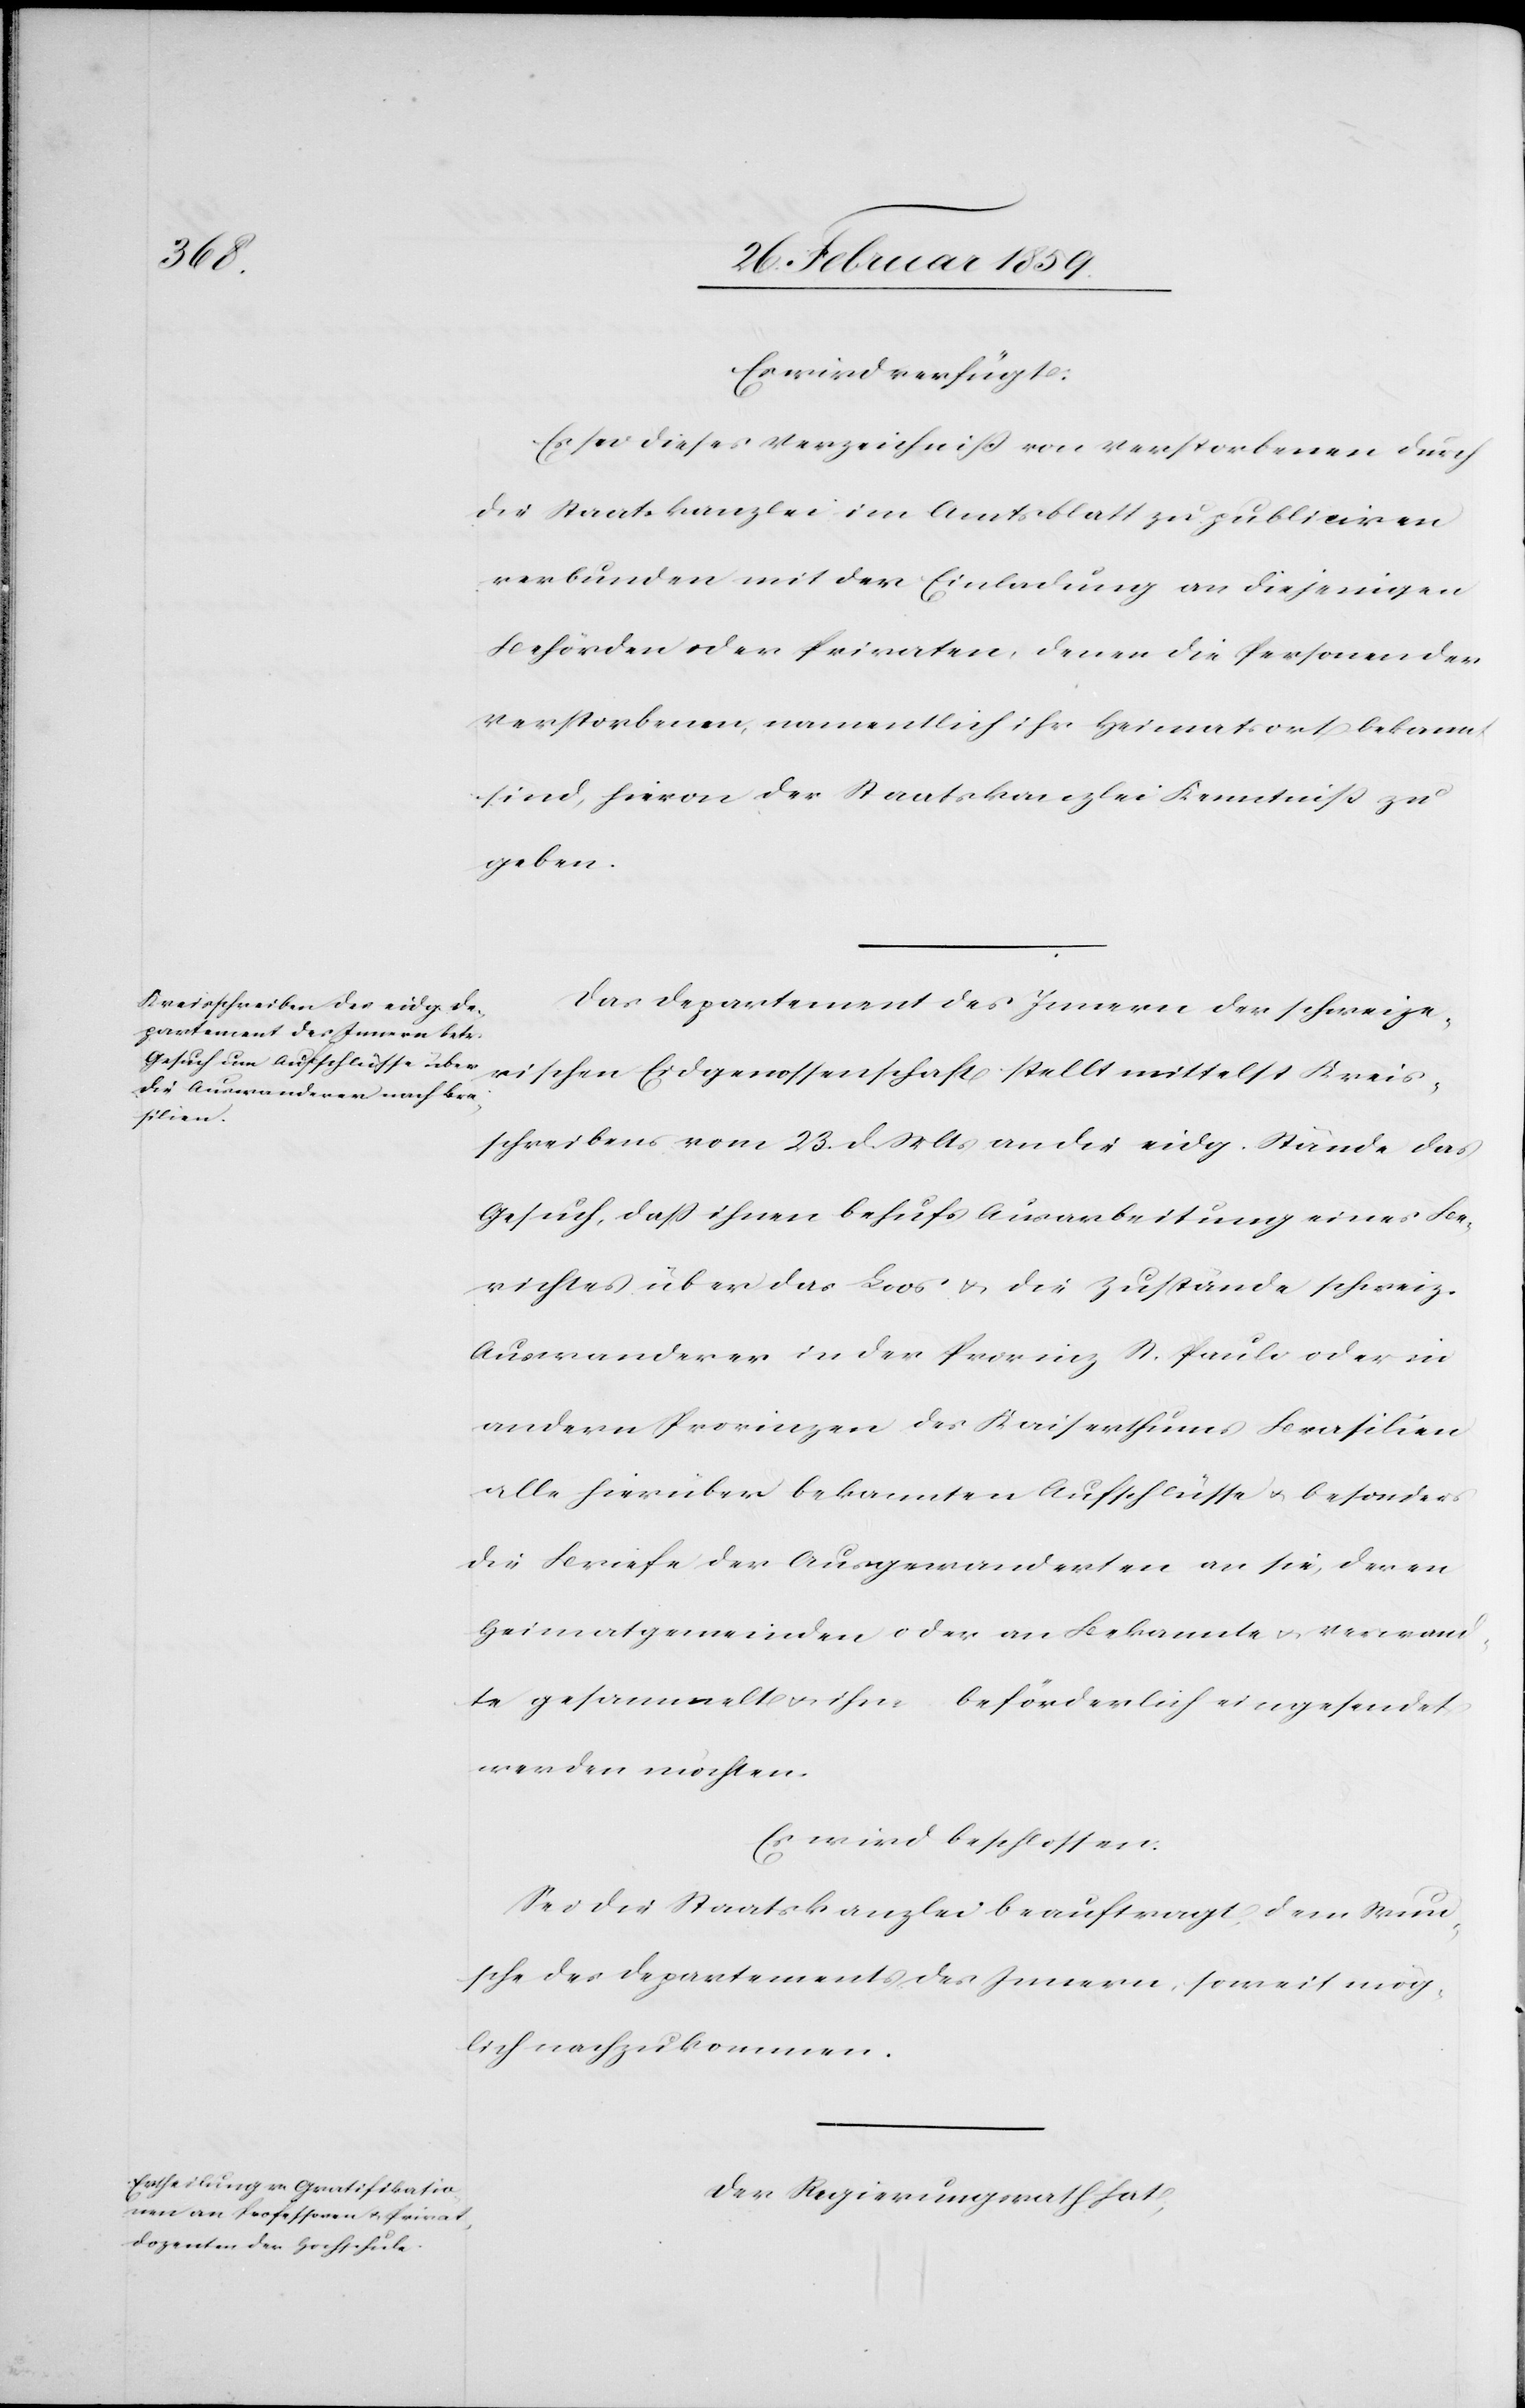
Es wird verfügt:
Es sei dieses Verzeichniß von Verstorbenen durch
die Staatskanzlei im Amtsblatt zu publiciren
verbunden mit der Einladung an diejenigen
Behörden oder Privaten, denen die Personen der
Verstorbenen, namentlich ihr Heimatsort bekannt
sind, hievon der Staatskanzlei Kenntniß zu
geben.
Das Departement des Innern der schweize¬
rischen Eidgenossenschaft stellt mittelst Kreis¬
schreibens vom 23. d. Mts an die eidg. Stände das
Gesuch, daß ihnen behufs Ausarbeitung eines Be¬
richtes über das Loos u. die Zustände schweiz.
Auswanderer in der Provinz St. Pauli oder in
andern Provinzen des Kaiserthums Brasilien
alle hierüber bekannten Aufschlüsse u. besonders
die Briefe der Ausgewanderten an sie, deren
Heimatgemeinden oder an Bekannte u. Verwand¬
te gesammelt u. ihm beförderlich eingesendet
werden möchten.
Es wird beschossen:
Sei die Staatskanzlei beauftragt, dem Wun¬
sche des Departements des Innern, soweit mög¬
lich nachzukommen.
Der Regierungsrath hat,